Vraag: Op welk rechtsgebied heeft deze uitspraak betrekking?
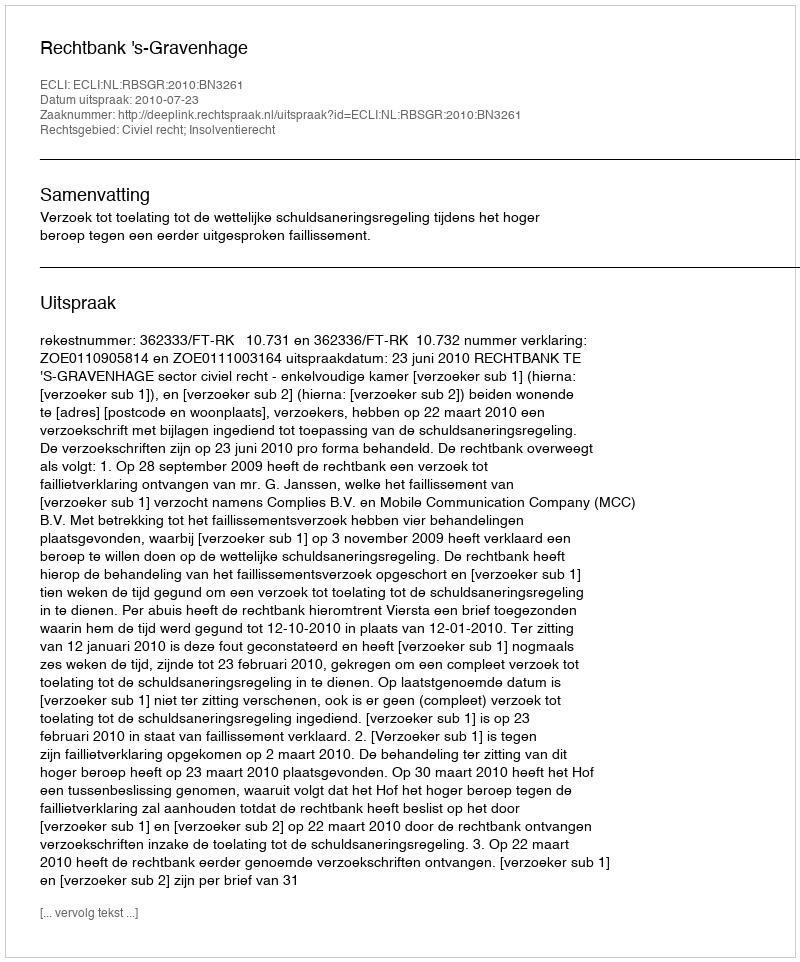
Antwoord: Civiel recht; Insolventierecht